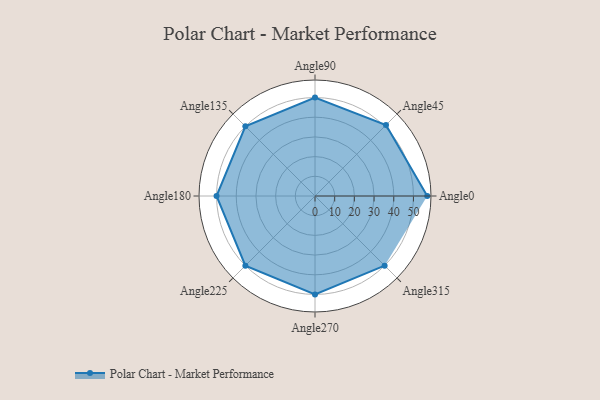
{"axis": {"x": "Angle", "y": "Radius"}, "legend": [""], "data": [{"x": "Angle0", "y": 57.0, "type": ""}, {"x": "Angle45", "y": 51.0, "type": ""}, {"x": "Angle90", "y": 50, "type": ""}, {"x": "Angle135", "y": 50, "type": ""}, {"x": "Angle180", "y": 50, "type": ""}, {"x": "Angle225", "y": 50, "type": ""}, {"x": "Angle270", "y": 50, "type": ""}, {"x": "Angle315", "y": 50, "type": ""}]}